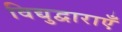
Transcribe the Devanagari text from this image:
विद्युद्वाराएँ